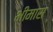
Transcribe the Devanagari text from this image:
भीमास